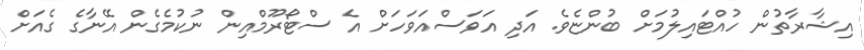
އިޝާރާތުން ހުއްޓައިލުމަށް ބުންޏެވެ. އަދި އަވަސްއަވަހަށް އެ ސްޓޯރޫމްއިން ނުކުމެގެން އޭނާގެ ގެއަށް